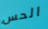
الحس